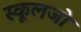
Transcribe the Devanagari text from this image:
स्कूलजो